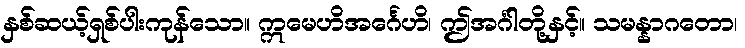
နှစ်ဆယ့်ရှစ်ပါးကုန်သော။ ဣမေဟိအင်္ဂေဟိ၊ ဤအင်္ဂါတို့နှင့်။ သမန္နာဂတော၊